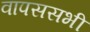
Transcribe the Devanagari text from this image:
वापससभी